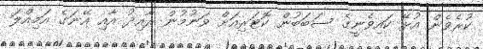
ކުރެވެން އުޅޭ ކައިވެނީގެ ސަބަބުން ކޮޓަރިއަށް ވަނުމުން ރާއިދު އާއި އޭނަގެ އަމިއްލަ